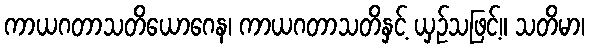
ကာယဂတာသတိယောဂေန၊ ကာယဂတာသတိနှင့် ယှဉ်သဖြင့်။ သတိမာ၊